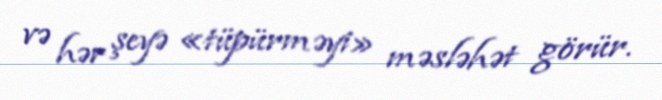
və hər şeyə «tüpürməyi» məsləhət görür.